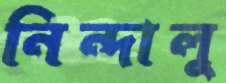
নিন্দালু